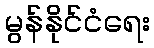
မွန်နိုင်ငံရေး